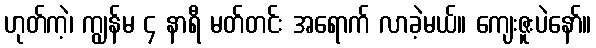
ဟုတ်ကဲ့၊ ကျွန်မ ၄ နာရီ မတ်တင်း အရောက် လာခဲ့မယ်။ ကျေးဇူးပဲနော်။